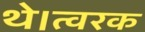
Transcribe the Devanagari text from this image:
थे।त्वरक